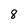
Character: 8